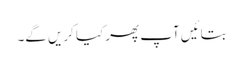
بتائیں آپ پھر کیا کریں گے۔